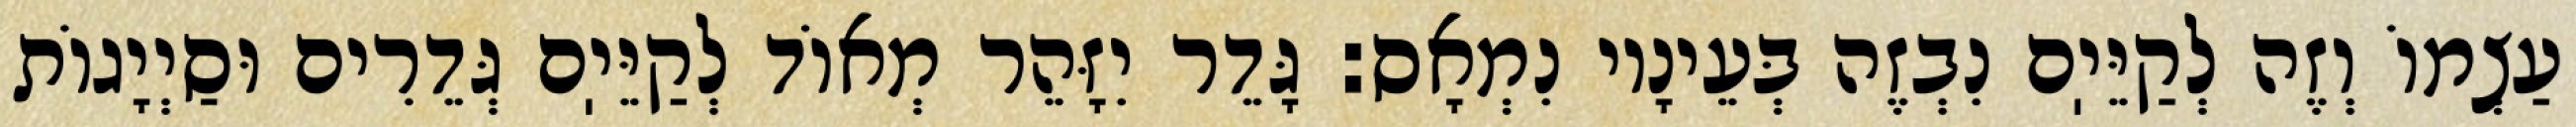
עַצְמוֹ וְזֶה לְקַיֵּיֽם נִבְזֶה בְּעֵינָיו נִמְאָס: גָּדֵר יִזָּהֵר מְאוֹד לְקַיֵּיֽם גְּדֵרִים וּסַיְיָגוֹת